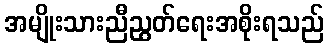
အမျိုးသားညီညွတ်ရေးအစိုးရသည်